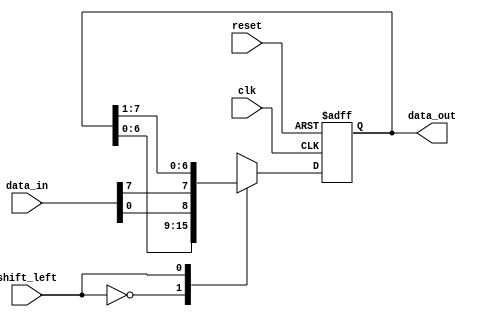
module shift_register(
    input wire clk,
    input wire reset,
    input wire shift_left,
    input wire [7:0] data_in,
    output reg [7:0] data_out
);

reg [7:0] reg_data;

always @(posedge clk or posedge reset) begin
    if (reset) begin
        reg_data <= 8'h00;
    end else begin
        case(shift_left)
            1'b0: reg_data <= {reg_data[6:0], data_in[0]};
            1'b1: reg_data <= {data_in[7], reg_data[7:1]};
        endcase
    end
end

assign data_out = reg_data;

endmodule